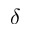
\delta